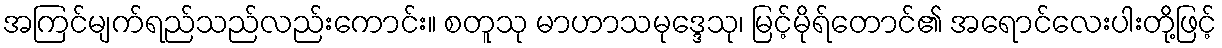
အကြင်မျက်ရည်သည်လည်းကောင်း။ စတူသု မာဟာသမုဒ္ဒေသု၊ မြင့်မိုရ်တောင်၏ အရောင်လေးပါးတို့ဖြင့်